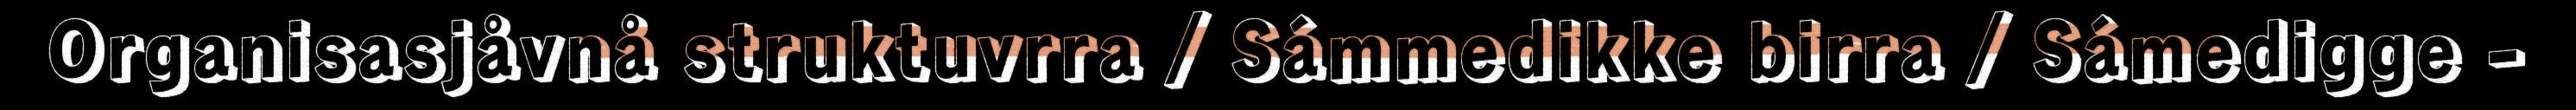
Organisasjåvnå struktuvrra / Sámmedikke birra / Sámedigge -